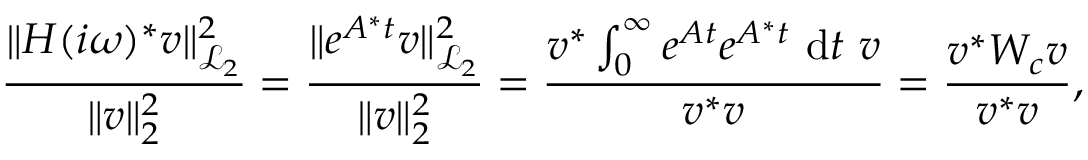
\frac { \| \b { H } ( i \omega ) ^ { * } \b { v } \| _ { \mathcal { L } _ { 2 } } ^ { 2 } } { \| \b { v } \| _ { 2 } ^ { 2 } } = \frac { \| e ^ { \b { A } ^ { * } t } \b { v } \| _ { \mathcal { L } _ { 2 } } ^ { 2 } } { \| \b { v } \| _ { 2 } ^ { 2 } } = \frac { \b { v } ^ { * } \int _ { 0 } ^ { \infty } e ^ { \b { A } t } e ^ { \b { A } ^ { * } t } ~ \mathrm { d } t ~ \b { v } } { \b { v } ^ { * } \b { v } } = \frac { \b { v } ^ { * } \b { W _ { c } } \b { v } } { \b { v } ^ { * } \b { v } } ,